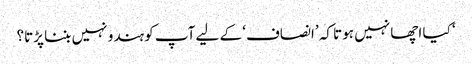
‘ کیا اچھا نہیں ہوتا کہ ’انصاف‘ کے لیے آپ کو ہندو نہیں بننا پڑتا؟